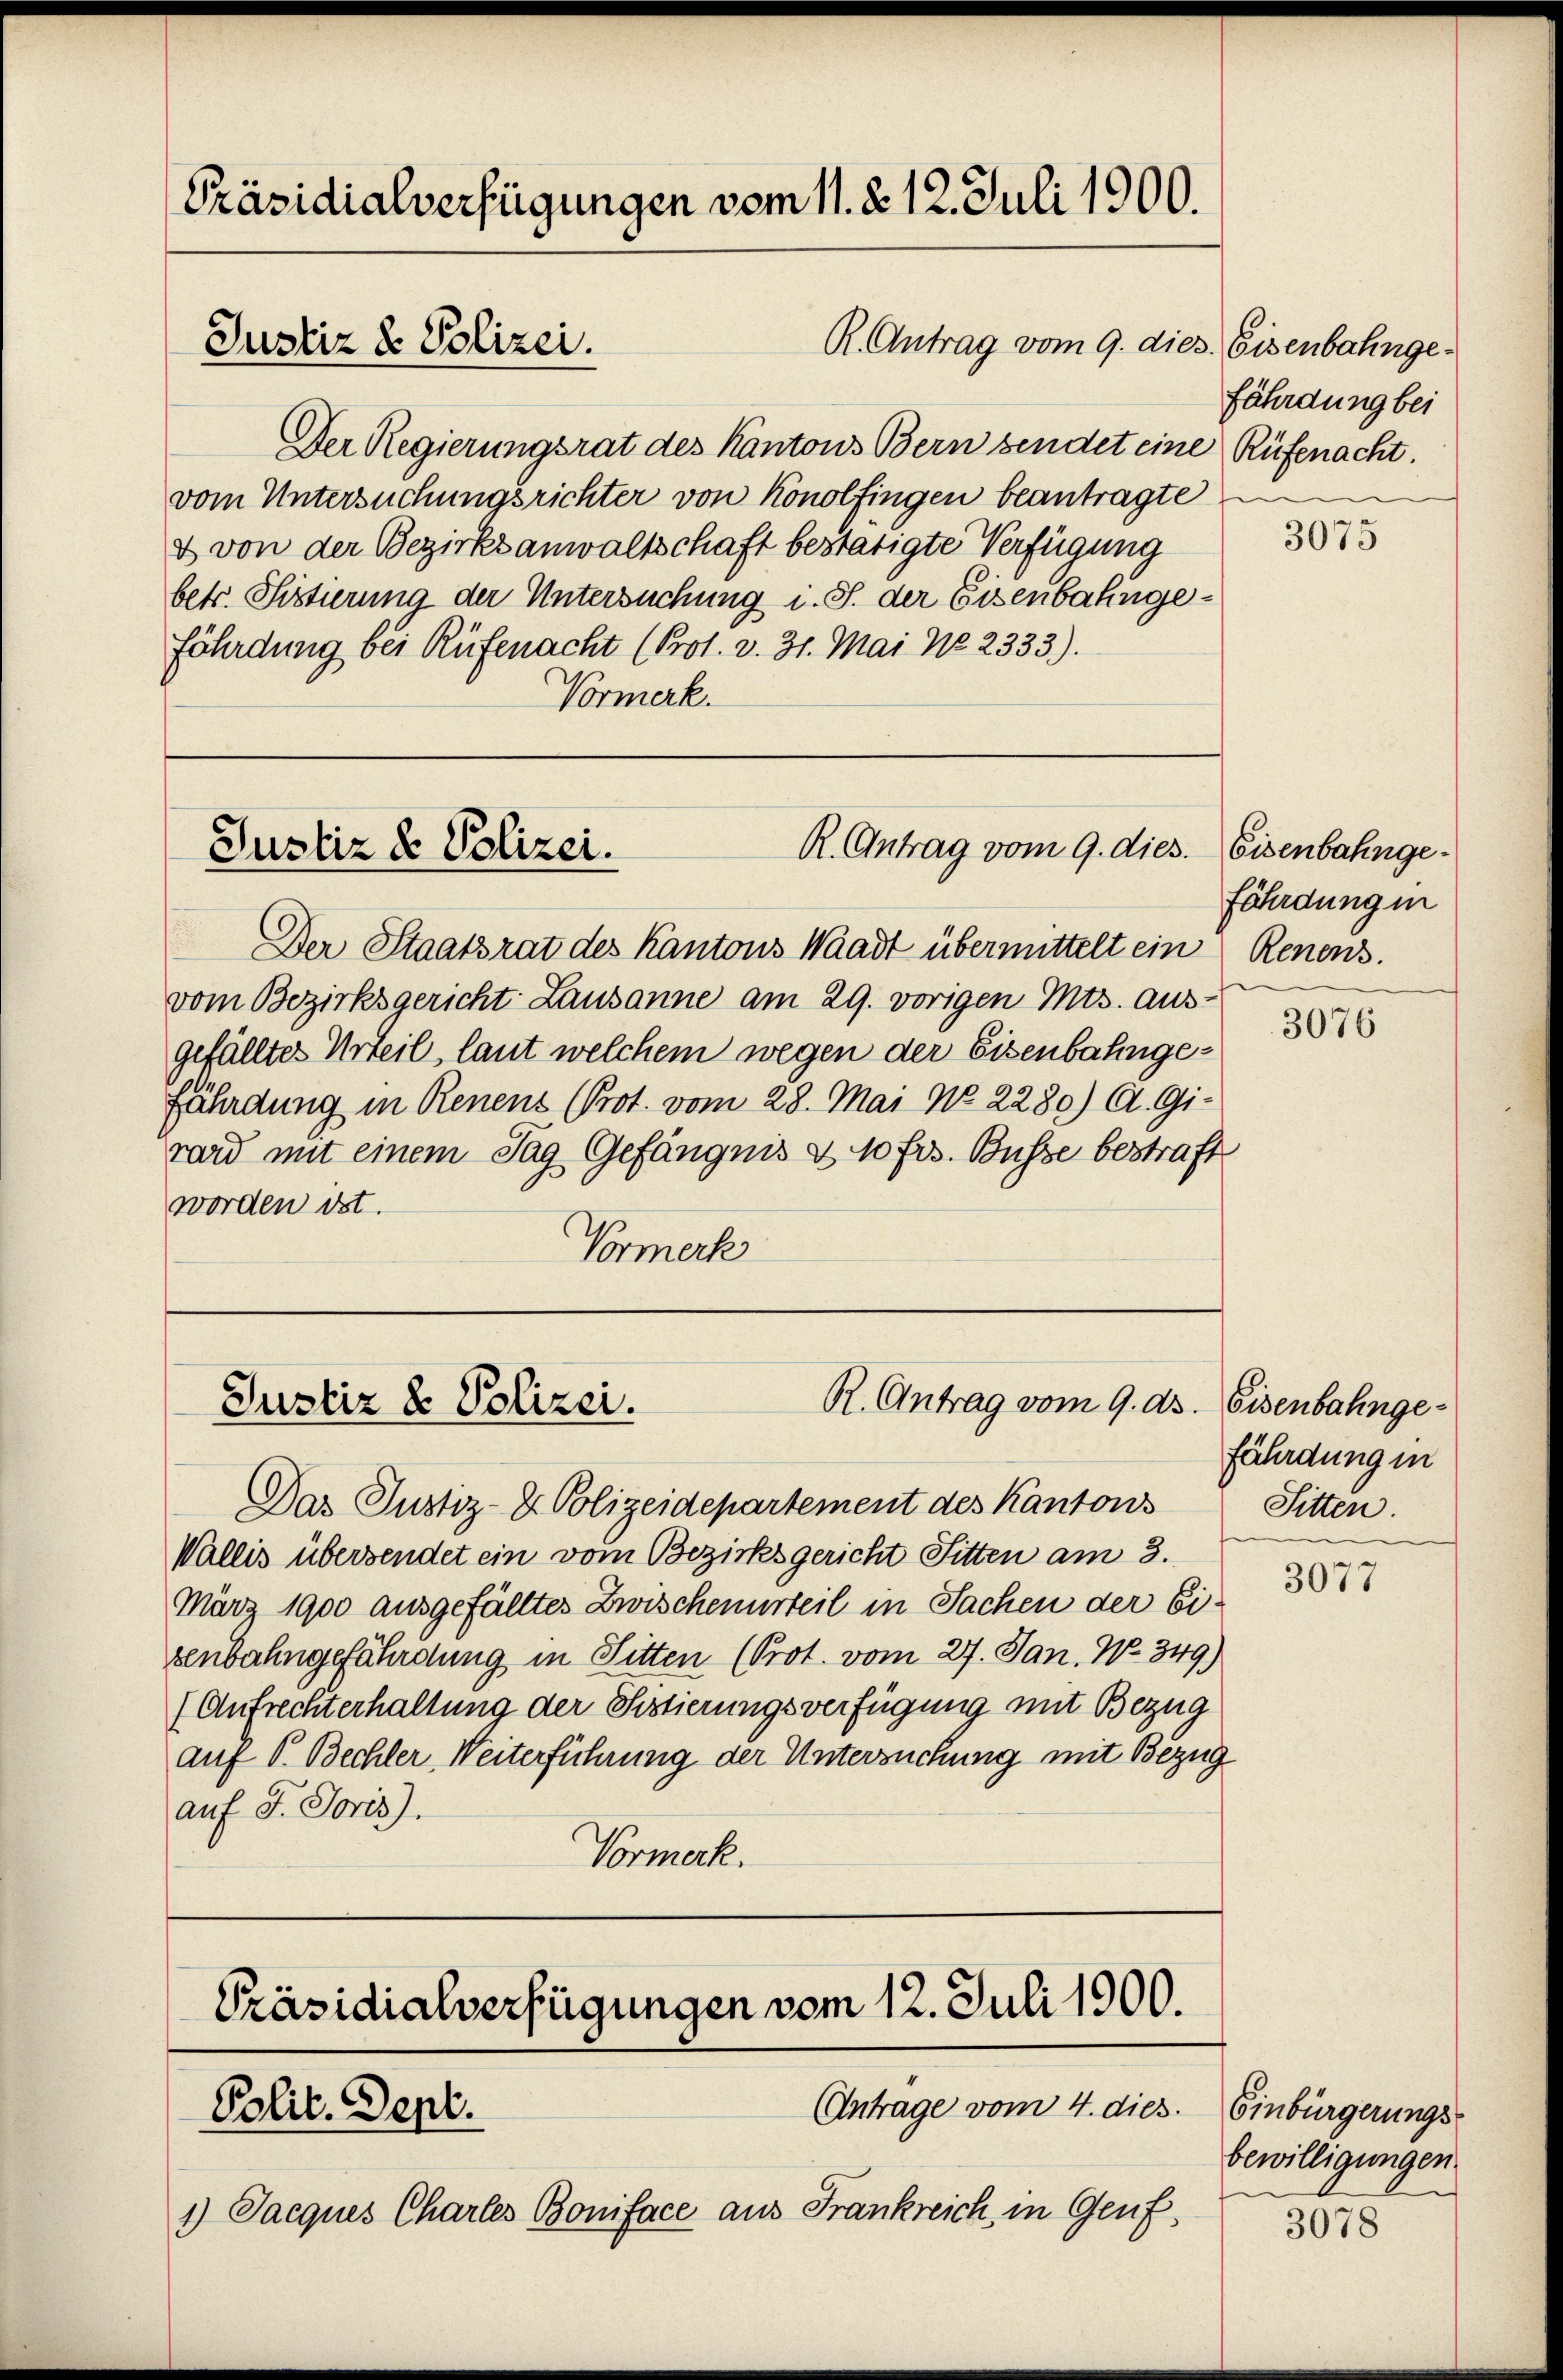
Präsidialverfügungen vom 11. 2. 12. Juli 1900.
R. Antrag vom 9. dies. Eisenbahnge¬
Justiz & Polizei.

Der Regierungsrat des Kantons Bern sendet eine
vom Untersuchungsrichter von Konolfingen beantragte
d von der Bezirksanwaltschaft bestätigte Verfügung
betr. Sistierung der Untersuchung i. S. der Eisenbahngefährdung bei Rüfenacht (Prot. v. 31. Mai No 2333).
Vormerk.

R. Antrag vom 9. dies.
Justiz & Polizei.

Der Staatsrat des Kantons Waadt übermittelt ein
vom Bezirksgericht Lausanne am 29. vorigen Mts. aus-
gefällter Urteil, laut welchem wegen der Eisenbahngefährdung in Renens (Prot. vom 28. Mai No 2280) A. Gi-
rard mit einem Tag Gefängnis & 10 frs. Busse bestraft
worden ist.
Vormerk

R. Antrag vom 9. ds. Eisenbahnge¬
Justiz & Polizei.

Präsidialverfügungen vom 12. Juli 1900.
(Antrage vom 4. dies
Polit. Dept.
1) Jacques Charles Boniface aus Frankreich in Genf,

Das Justiz- & Polizeidepartement des Kantons
Wallis übersendet ein vom Bezirksgericht Sitten am 3.
März 1900 ausgefälltes Zwischenurteil in Sachen der Eizenbahngefährdung in Sitten (Prot. vom 27. Jan. No. 349)
(Aufrechterhaltung der Sistierungsverfügung mit Bezug
auf V. Bechler, Weiterführung der Untersuchung mit Bezug
auf 5. Joris).
Vormerk.

fährdung bei
Rüfenacht.

3075

Eisenbahngefährdung in
Renens.

3076

fährdung in
Sitten.

3077

Einbürgerungs-
bewilligungen

3078